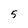
Character: 5